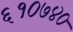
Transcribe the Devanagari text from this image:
६१०७४०